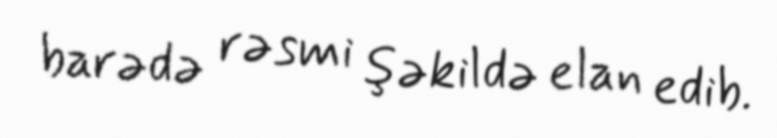
barədə rəsmi şəkildə elan edib.